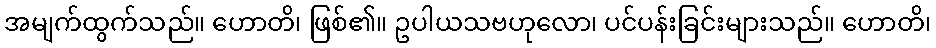
အမျက်ထွက်သည်။ ဟောတိ၊ ဖြစ်၏။ ဥပါယသဗဟုလော၊ ပင်ပန်းခြင်းများသည်။ ဟောတိ၊